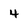
Character: 4